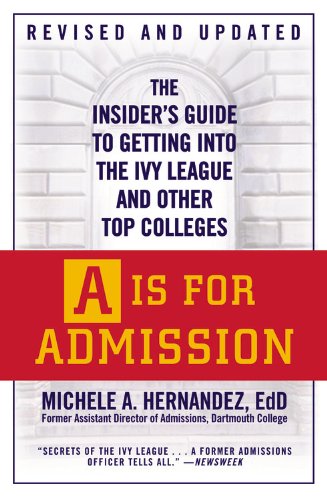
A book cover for A Is for Admission: The Insider's Guide to Getting into the Ivy League and Other Top Colleges; Michele A. HernÃ¡ndez; Education & Teaching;